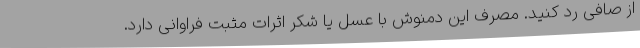
از صافی رد کنید. مصرف این دمنوش با عسل یا شکر اثرات مثبت فراوانی دارد.